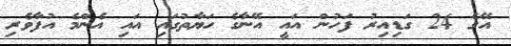
އޭގެ 24 ގަޑިއިރު ފަހުން އައީ އޭނާގެ ހަޔާތުގައި އައި އެންމެ އުފާވެރި